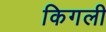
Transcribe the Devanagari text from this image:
किगली